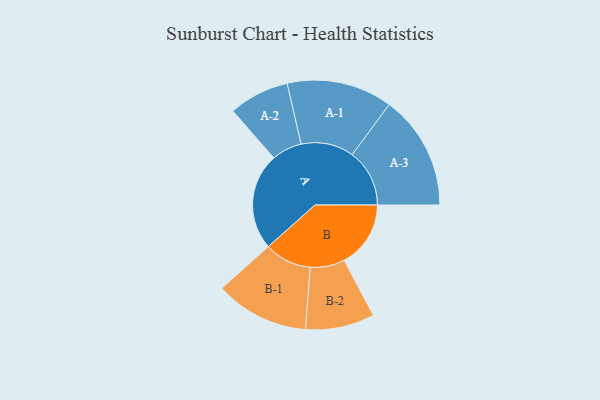
{"axis": {"x": "Segment", "y": "Value"}, "legend": ["", "A", "B"], "data": [{"x": "A", "y": 497, "type": ""}, {"x": "B", "y": 341, "type": ""}, {"x": "A-1", "y": 271, "type": "A"}, {"x": "A-2", "y": 155, "type": "A"}, {"x": "A-3", "y": 294, "type": "A"}, {"x": "B-1", "y": 241, "type": "B"}, {"x": "B-2", "y": 177, "type": "B"}]}